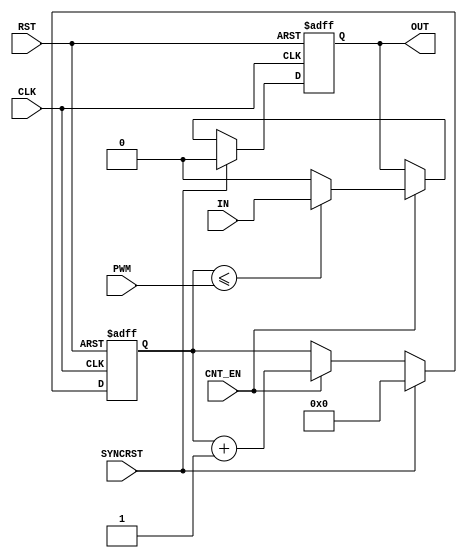
`timescale 1ns / 1ps
//////////////////////////////////////////////////////////////////////////////////
// Company: 
// Engineer: 
// 
// Design Name: 
// Module Name: PWM
// Project Name: 
// Target Devices: 
// Tool Versions: 
// Description: 
// 
// Dependencies: 
// 
// Revision:
// Revision 0.01 - File Created
// Additional Comments:
// 
//////////////////////////////////////////////////////////////////////////////////


module PWM #(
    parameter INIT  = 1'b0          , // 
    parameter WIDTH = 1               // 
  )(
    input  wire             CLK     , // 
    input  wire             RST     , // 
    input  wire             SYNCRST , // 
    input  wire             CNT_EN  , // 
    input  wire [      7:0] PWM     , // 
    input  wire [WIDTH-1:0] IN      , // 
    output wire [WIDTH-1:0] OUT       // 
  );
  
//====================================================================================
// wire                                                                               
//====================================================================================
  
//====================================================================================
// reg                                                                                
//====================================================================================
  
  reg [      7:0] cntr   ;
  reg [WIDTH-1:0] pwm_out;
  
//====================================================================================
// Circuit Description                                                                
//====================================================================================
  
  always @(posedge CLK or posedge RST) begin
    if (RST) begin
      cntr    <= 8'd0         ;
      pwm_out <= {WIDTH{INIT}};
    end else if (SYNCRST) begin
      cntr    <= 8'd0         ;
      pwm_out <= {WIDTH{INIT}};
    end else if (CNT_EN) begin
      cntr    <= cntr + 1'b1;
      pwm_out <= (cntr<=PWM) ? IN : {WIDTH{INIT}};
    end else begin
      cntr    <= cntr;
      pwm_out <= pwm_out;
    end
  end
  
//====================================================================================
// Output                                                                             
//====================================================================================
  
  assign OUT = pwm_out;
  
endmodule